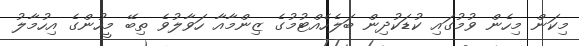
މިކަން މިހެން ވުމުގައި ކުޑަކުދިން ބަލެހެއްޓުމުގެ ޒިންމާއާ ހަވާލުވެ ތިބޭ މީހުންގެ އިހުމާލު